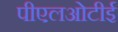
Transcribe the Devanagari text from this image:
पीएलओटीई